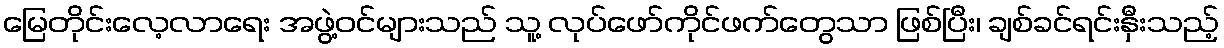
မြေတိုင်းလေ့လာရေး အဖွဲ့ဝင်များသည် သူ့ လုပ်ဖော်ကိုင်ဖက်တွေသာ ဖြစ်ပြီး၊ ချစ်ခင်ရင်းနှီးသည့်